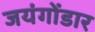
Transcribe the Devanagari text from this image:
जयंगोंडार